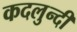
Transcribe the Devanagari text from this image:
कदलुन्दी